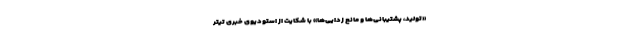
«تولید، پشتیبانی‌ها و مانع زدایی‌ها» با شکایت از استودیوی خبری تیتر